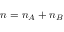
n = n _ { A } + n _ { B }